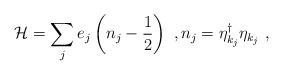
LaTeX: \begin{align*}\mathcal{H}=\sum_{j} e_j\left( n_j-\frac{1}{2}\right)\ ,n_j=\eta_{k_j}^{\dagger}\eta_{k_j}\ ,\end{align*}